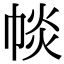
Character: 𢃔